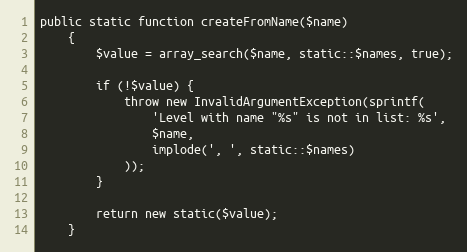
Language: PHP
public static function createFromName($name)
    {
        $value = array_search($name, static::$names, true);

        if (!$value) {
            throw new InvalidArgumentException(sprintf(
                'Level with name "%s" is not in list: %s',
                $name,
                implode(', ', static::$names)
            ));
        }

        return new static($value);
    }